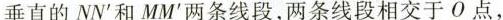
垂直的NN'和MM'两条线段，两条线段相交于O点，